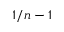
1 / n - 1